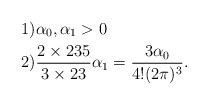
\begin{align*}& 1) \alpha_{0},\alpha_{1}>0\\& 2) \frac{2\times 235}{3\times 23}\alpha_{1}=\frac{3\alpha_{0}}{4!(2\pi)^{3}}.\end{align*}